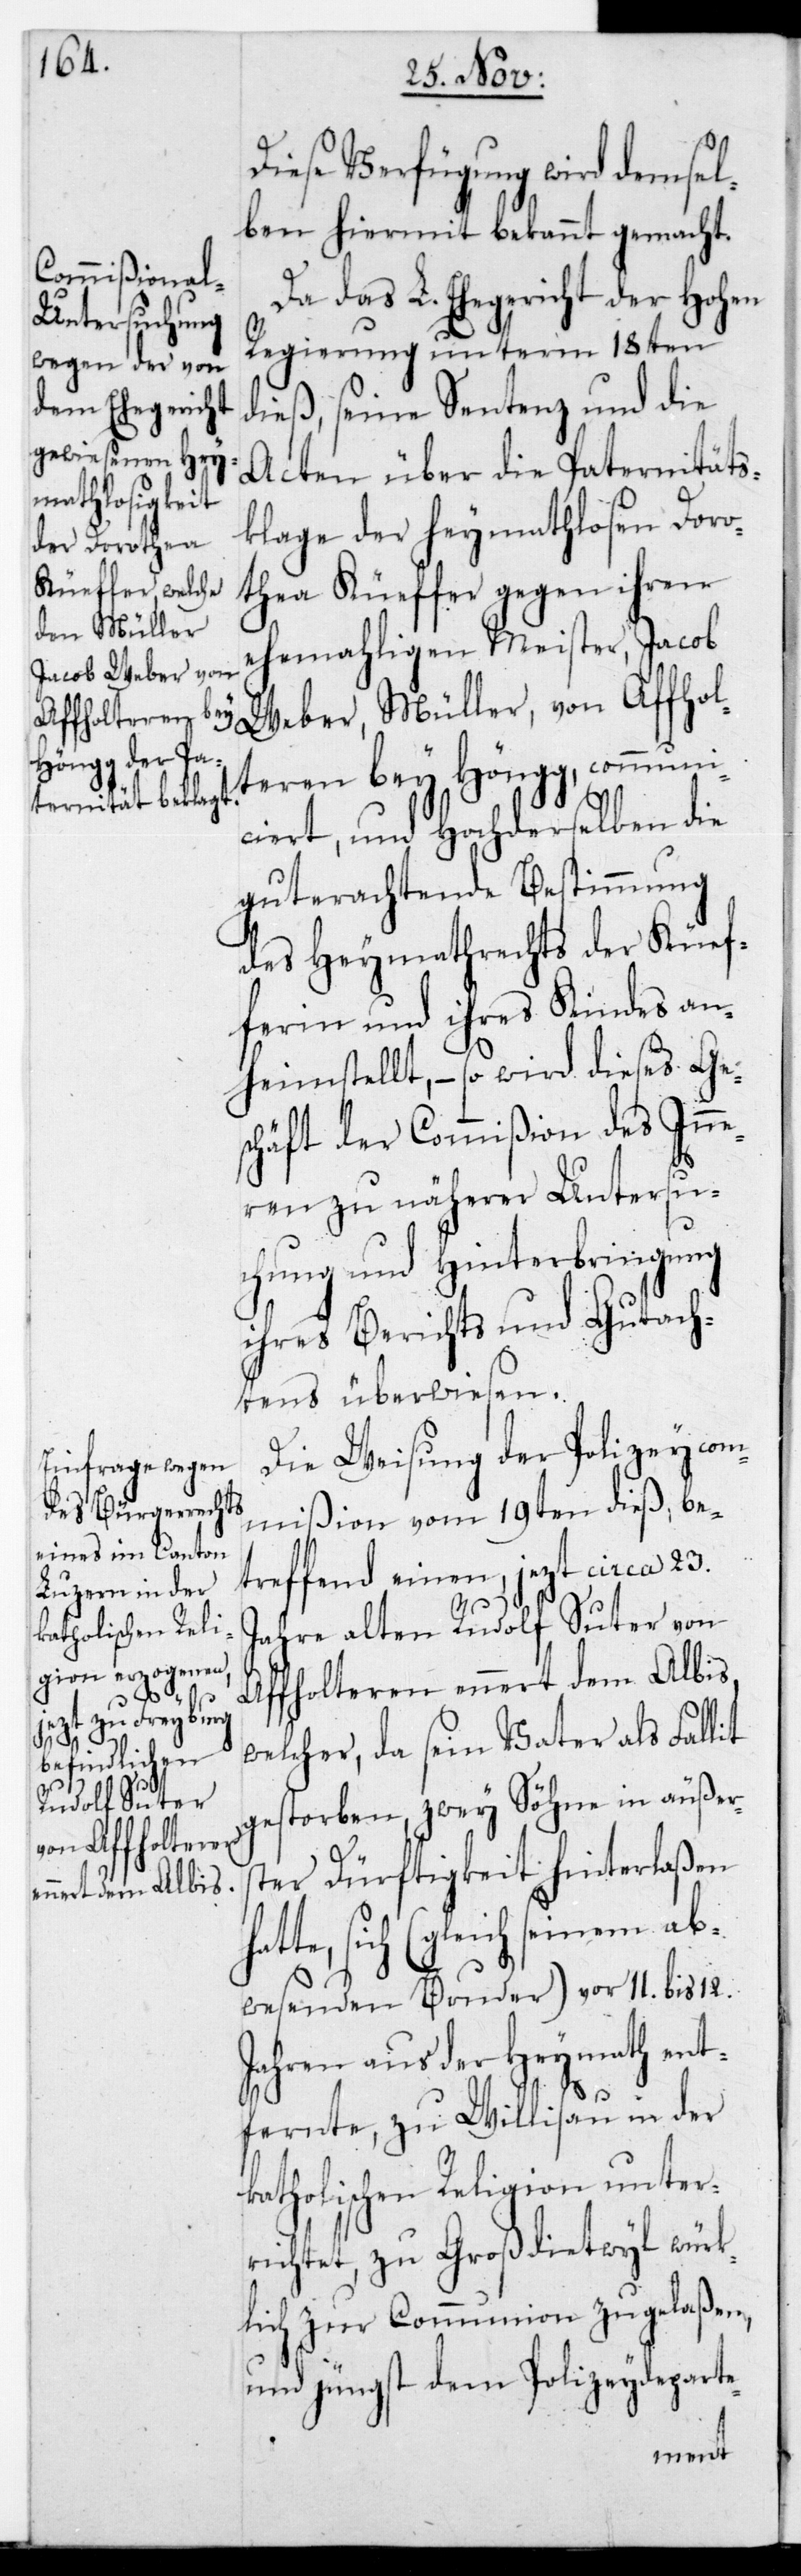
Diese Verfügung wird demsel¬
ben hiermit bekannt gemacht.
Da das L. Ehegericht der Hohen
Regierung unterm 18ten
dieß, seine Sentenz und die
Acten über die Paternitäts¬
hat¬
klage der heymathlosen Doro¬
thea Küeffer gegen ihren
ehemaligen Meister, Jacob
tern bey Höngg, communi¬
ciert, und Hochderselben die
gut erachtende Bestimmung
des Heymathrechts der Küef¬
ferin und ihres Kindes an¬
heimstellt, – so wird dieses Ge¬
schäft der Commißion des Inne¬
ren zu näherer Untersu¬
chung und Hinterbringung
ihres Berichts und Gutach¬
tens überwiesen.
Die Weisung der Polizeycom¬
mißion vom 19ten dieß, be¬
treffend einen, jetzt circa 23.
Jahre alten Rudolf Suter von
Affoltern ennert dem Albis,
welcher, da sein Vater als Fallit
gestorben, zwey Söhne in äußers¬
von Affol¬
ter Dürftigkeit hinterlaßen
te, sich (gleich seinem ab¬
wesenden Bruder) vor 11. bis 12.
Jahren aus der Heymath ent¬
fernte, zu Willisau in der
katholischen Religion unter¬
richtet, zu Großdietwyl würk¬
lich zur Communion zugelaßen,
und jüngst dem Polizeydeparte-